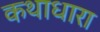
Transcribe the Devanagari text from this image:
कथाधारा